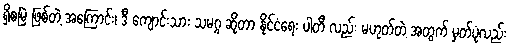
ရှိစမြဲ ဖြစ်တဲ့ အကြောင်း၊ ဒီ ကျောင်းသား သမဂ္ဂ ဆိုတာ နိုင်ငံရေး ပါတီ လည်း မဟုတ်တဲ့ အတွက် မှတ်ပုံလည်း